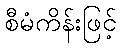
စီမံကိန်းဖြင့်